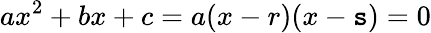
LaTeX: ax^{2}+bx+c=a(x-r)(x-\mathtt{s})=0